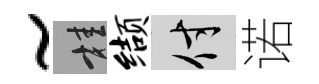
~桂缬付诺